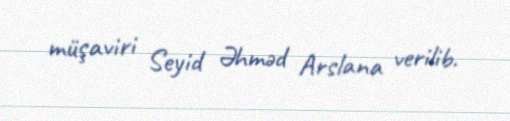
müşaviri Seyid Əhməd Arslana verilib.